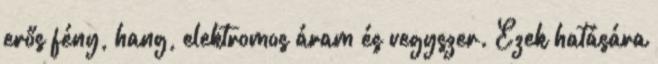
erős fény, hang, elektromos áram és vegyszer. Ezek hatására